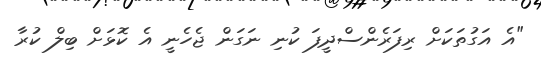
"އެ އަގުތަކަށް ރިފަރެންސްދީފަ ކުނި ނަގަން ޖެހެނީ އެ ކޮޅަށް ބިލް ކުރާ